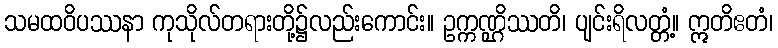
သမထဝိပဿနာ ကုသိုလ်တရားတို့၌လည်းကောင်း။ ဥက္ကဏ္ဌိဿတိ၊ ပျင်းရိလတ္တံ့။ ဣတိဧတံ၊